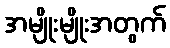
အမျိုးမျိုးအတွက်